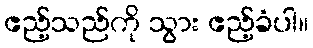
ဧည့်သည်ကို သွား ဧည့်ခံပါ။